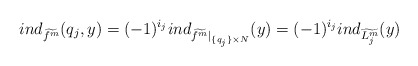
\begin{align*}ind_{\widetilde{f^m}}(q_j,y)=(-1)^{i_j}ind_{\widetilde{f^m}|_{\{q_j\}\times N}}(y)=(-1)^{i_j}ind_{\widetilde{L^m_j}}(y)\end{align*}